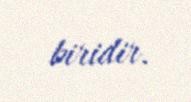
biridir.